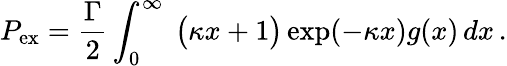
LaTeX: P_{\mathrm{ex}}=\frac{\Gamma}{2}\int_{0}^{\infty}\ \bigl(\kappa x+1\bigr)\exp(-\kappa x)g(x)\, dx\, .